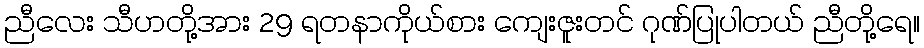
ညီလေး သီဟတို့အား 29 ရတနာကိုယ်စား ကျေးဇူးတင် ဂုဏ်ပြုပါတယ် ညီတို့ရေ။